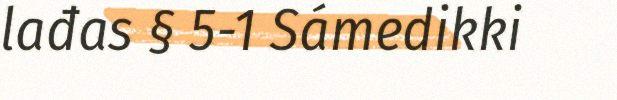
lađas § 5-1 Sámedikki